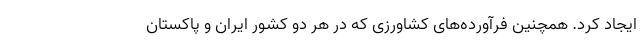
ایجاد کرد. همچنین فرآورده‌های کشاورزی که در هر دو کشور ایران و پاکستان